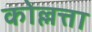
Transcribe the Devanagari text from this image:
कोल्लत्ता